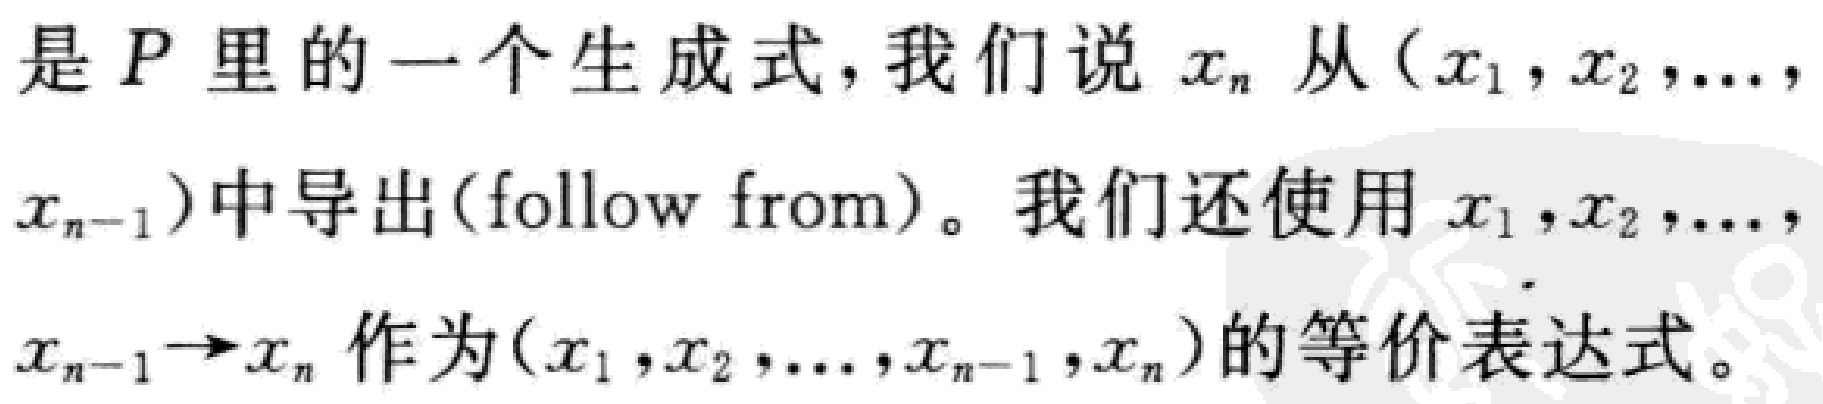
是 \(P\) 里的一个生成式，我们说 \(x_{n}\) 从 \((x_{1},x_{2},\ldots,x_{n - 1})\) 中导出（follow from）。我们还使用 \(x_{1},x_{2},\ldots,x_{n - 1}\to x_{n}\) 作为 \((x_{1},x_{2},\ldots,x_{n - 1},x_{n})\) 的等价表达式。